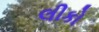
લીકો